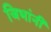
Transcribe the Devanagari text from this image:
जिभांनी